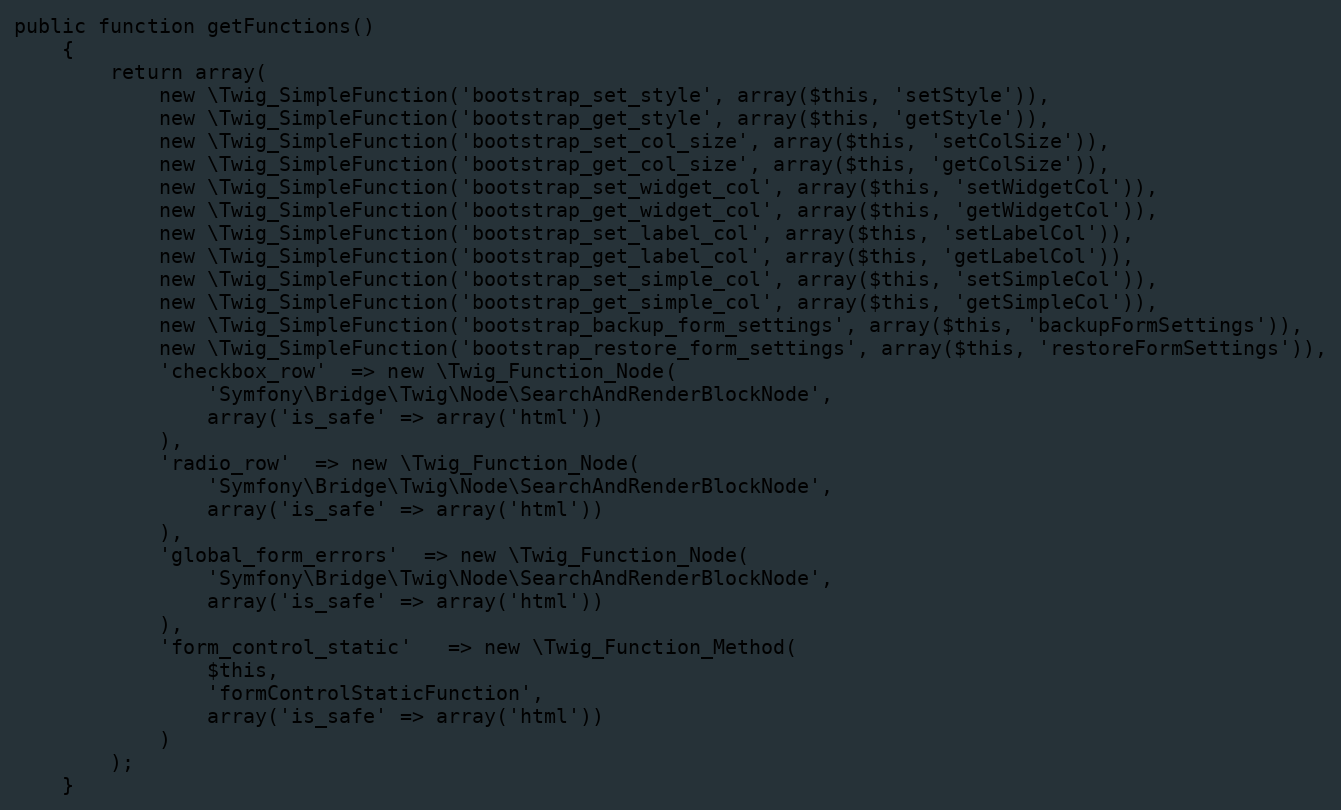
Language: PHP
public function getFunctions()
    {
        return array(
            new \Twig_SimpleFunction('bootstrap_set_style', array($this, 'setStyle')),
            new \Twig_SimpleFunction('bootstrap_get_style', array($this, 'getStyle')),
            new \Twig_SimpleFunction('bootstrap_set_col_size', array($this, 'setColSize')),
            new \Twig_SimpleFunction('bootstrap_get_col_size', array($this, 'getColSize')),
            new \Twig_SimpleFunction('bootstrap_set_widget_col', array($this, 'setWidgetCol')),
            new \Twig_SimpleFunction('bootstrap_get_widget_col', array($this, 'getWidgetCol')),
            new \Twig_SimpleFunction('bootstrap_set_label_col', array($this, 'setLabelCol')),
            new \Twig_SimpleFunction('bootstrap_get_label_col', array($this, 'getLabelCol')),
            new \Twig_SimpleFunction('bootstrap_set_simple_col', array($this, 'setSimpleCol')),
            new \Twig_SimpleFunction('bootstrap_get_simple_col', array($this, 'getSimpleCol')),
            new \Twig_SimpleFunction('bootstrap_backup_form_settings', array($this, 'backupFormSettings')),
            new \Twig_SimpleFunction('bootstrap_restore_form_settings', array($this, 'restoreFormSettings')),
            'checkbox_row'  => new \Twig_Function_Node(
                'Symfony\Bridge\Twig\Node\SearchAndRenderBlockNode',
                array('is_safe' => array('html'))
            ),
            'radio_row'  => new \Twig_Function_Node(
                'Symfony\Bridge\Twig\Node\SearchAndRenderBlockNode',
                array('is_safe' => array('html'))
            ),
            'global_form_errors'  => new \Twig_Function_Node(
                'Symfony\Bridge\Twig\Node\SearchAndRenderBlockNode',
                array('is_safe' => array('html'))
            ),
            'form_control_static'   => new \Twig_Function_Method(
                $this,
                'formControlStaticFunction',
                array('is_safe' => array('html'))
            )
        );
    }